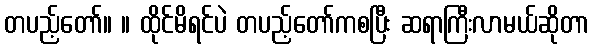
တပည့်တော်။ ။ ထိုင်မိရင်ပဲ တပည့်တော်ကစပြီး ဆရာကြီးလာမယ်ဆိုတာ